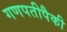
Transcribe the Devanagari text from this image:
गणपतीपैकी